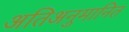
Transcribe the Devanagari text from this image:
अतिअनुमानित